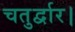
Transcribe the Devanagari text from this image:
चतुर्द्वार।